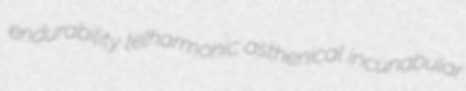
endurability telharmonic asthenical incunabular